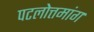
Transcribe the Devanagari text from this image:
पटलोत्तमांग